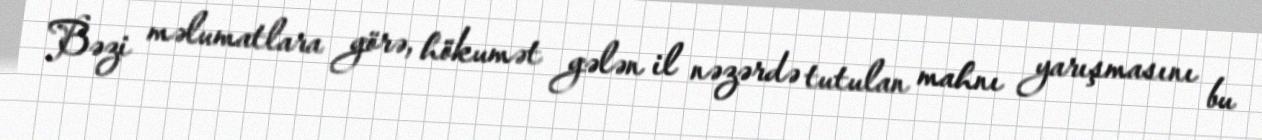
Bəzi məlumatlara görə, hökumət gələn il nəzərdə tutulan mahnı yarışmasını bu